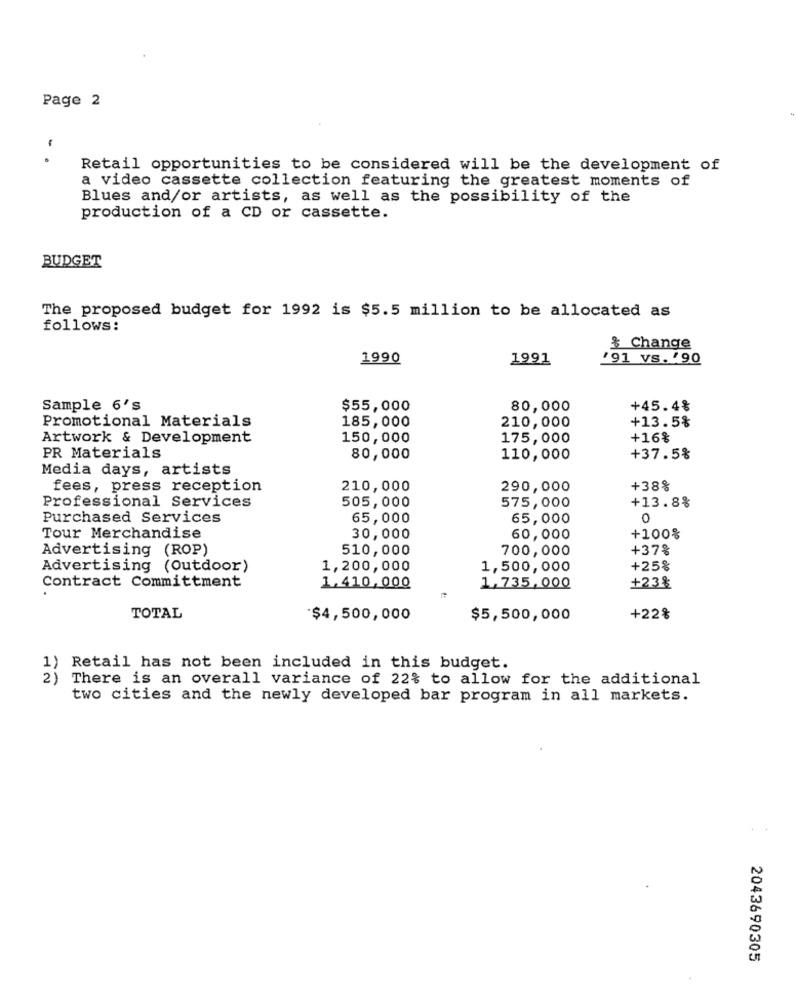
Page 2
..
Retail opportunities to be considered will be the development of
a video cassette collection featuring the greatest moments of
Blues and/or artists, as well as the possibility of the
production of a CD or cassette.
BUDGET
The proposed budget for 1992 is $5.5 million to be allocated as
follows:
& Change
1990
1991
/91 vs.'90
Sample 6's
$55,000
80,000
+45.4%
Promotional Materials
210,000
+13.5%
185,000
Artwork & Development
150,000
175,000
+16%
PR Materials
80,000
110,000
+37.5%
Media days, artists
fees, press reception
210,000
290,000
+38%
Professional Services
505,000
575,000
+13.8%
Purchased Services
65,000
65,000
0
Tour Merchandise
30,000
60,000
+100%
Advertising (ROP)
510,000
700,000
+37%
Advertising (Outdoor)
1,200,000
1,500,000
+25%
1.410,000
1,735,000
Contract Committment
+23%
TOTAL
$4,500,000
$5,500,000
+22%
1) Retail has not been included in this budget.
2)
There is an overall variance of 22% to allow for the additional
two cities and the newly developed bar program in all markets.
2043690305